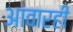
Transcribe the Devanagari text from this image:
आवारही